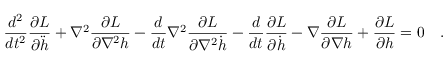
\frac { d ^ { 2 } } { d t ^ { 2 } } \frac { \partial L } { \partial \ddot { h } } + \nabla ^ { 2 } \frac { \partial L } { \partial \nabla ^ { 2 } h } - \frac { d } { d t } \nabla ^ { 2 } \frac { \partial L } { \partial \nabla ^ { 2 } \dot { h } } - \frac { d } { d t } \frac { \partial L } { \partial \dot { h } } - \nabla \frac { \partial L } { \partial \nabla h } + \frac { \partial L } { \partial h } = 0 \quad .